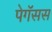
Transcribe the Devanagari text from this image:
पेगॅसस